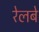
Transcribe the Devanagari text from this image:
रेलबे